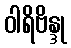
ဝါရိဗိန္ဒု